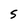
Character: S